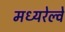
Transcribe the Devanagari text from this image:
मध्यरेल्वे